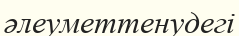
әлеуметтенудегі